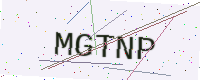
Text: MGTNP